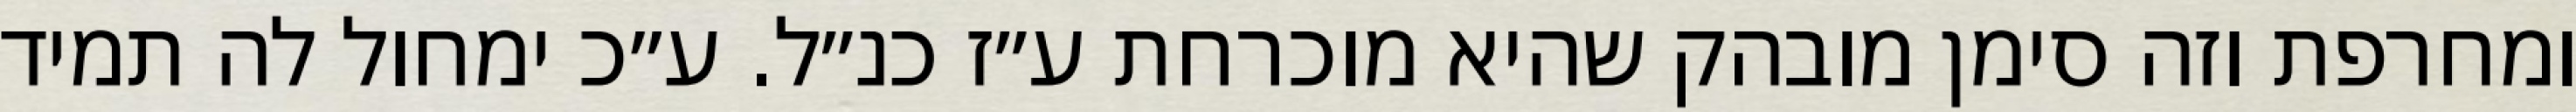
ומחרפת וזה סימן מובהק שהיא מוכרחת ע״ז כנ״ל. ע״כ ימחול לה תמיד